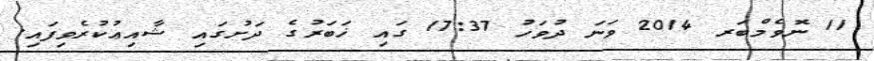
11 ނޮވެމްބަރ 2014 ވަނަ ދުވަހު 17:37 ގައި ޚަބަރުގެ ދަށުގައި ޝާއިޢުކުރެވިފައި.